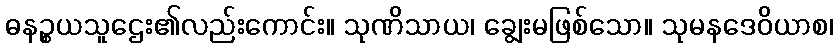
ဓနဉ္စယသူဌေး၏လည်းကောင်း။ သုဏိသာယ၊ ချွေးမဖြစ်သော။ သုမနဒေဝိယာစ၊